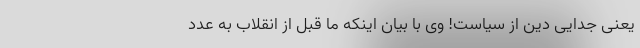
یعنی جدایی دین از سیاست! وی با بیان اینکه ما قبل از انقلاب به عدد